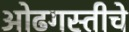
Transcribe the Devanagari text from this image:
ओढगस्तीचे